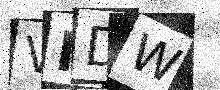
Text: VMDW